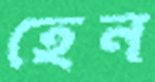
হেন